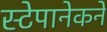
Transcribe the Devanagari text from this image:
स्टेपानेकने